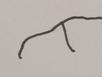
Signature authenticity: forged